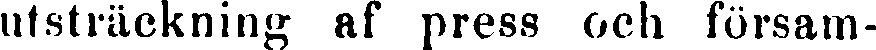
utsträckning af press och försam-